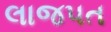
લાજપત